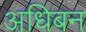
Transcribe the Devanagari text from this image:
अधिबन